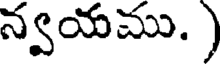
న్వయము. )